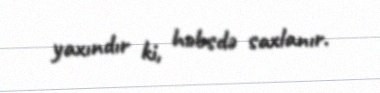
yaxındır ki, həbsdə saxlanır.